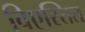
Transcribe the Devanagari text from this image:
विएस्तित